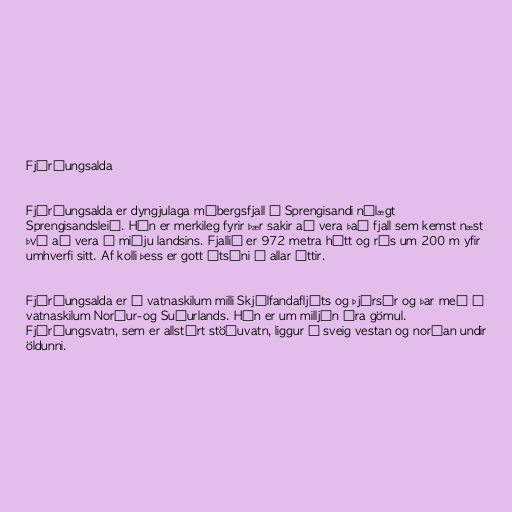
Fjórðungsalda

Fjórðungsalda er dyngjulaga móbergsfjall á Sprengisandi nálægt
Sprengisandsleið. Hún er merkileg fyrir þær sakir að vera það fjall sem kemst næst
því að vera á miðju landsins. Fjallið er 972 metra hátt og rís um 200 m yfir
umhverfi sitt. Af kolli þess er gott útsýni í allar áttir.

Fjórðungsalda er á vatnaskilum milli Skjálfandafljóts og Þjórsár og þar með á
vatnaskilum Norður-og Suðurlands. Hún er um milljón ára gömul.
Fjórðungsvatn, sem er allstórt stöðuvatn, liggur í sveig vestan og norðan undir
öldunni.